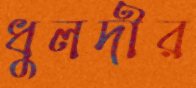
ধুলদীর